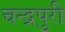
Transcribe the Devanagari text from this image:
चन्द्रपुरी